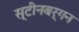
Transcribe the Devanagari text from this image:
स्टीनबर्गन